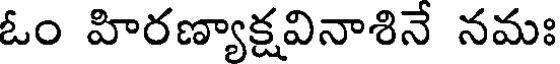
ఓం హిరణ్యాక్షవినాశినే నమః